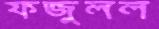
ফজুলল